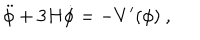
\ddot { \phi } + 3 H \dot { \phi } = - { V ^ { \prime } ( \phi ) } \ ,